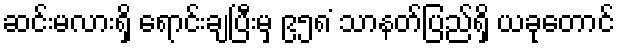
ဆင်းမလားရှိ ရောင်းချပြီးမှ ၉၅၈ ံသာနတ်ပြည်ရှိ ယခုတောင်